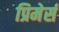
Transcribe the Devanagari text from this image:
प्रिमेर्स